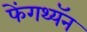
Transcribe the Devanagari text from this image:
फेंगथ्यॅन